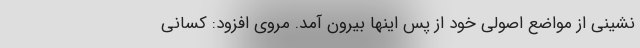
نشینی از مواضع اصولی خود از پس اینها بیرون آمد. مروی افزود: کسانی